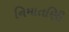
નિમાતણિી